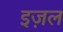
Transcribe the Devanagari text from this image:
इज़ल